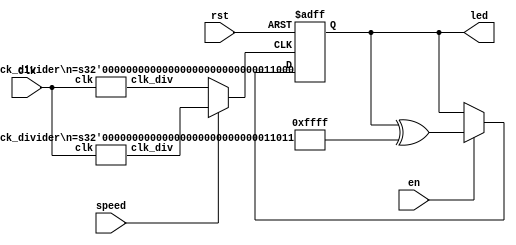
module lab3_1(
    input clk,
    input rst,
    input en,
    input speed,
    output reg [15:0] led);
    wire clk1, clk0, clk_now;
    reg [15:0] next_led;
    // clk1, clk0
    clock_divider #(.n(27)) speed1(.clk(clk), .clk_div(clk1));
    clock_divider #(.n(24)) speed0(.clk(clk), .clk_div(clk0));
    // clk_now
    assign clk_now = speed?clk1:clk0;
    // led
    always @(posedge clk_now, posedge rst) begin
        if(rst == 1'b1) led <= {16{1'b1}};
        else led <= next_led;
    end
    // next_led
    always @* begin
        next_led = led;
        if(en == 1'b1) next_led = led^{16{1'b1}};
    end
endmodule

module clock_divider #(parameter n=25)(
    input clk,
    output wire clk_div);
    reg [n-1:0] cnt = 0, next_cnt;
    // cnt
    always @(posedge clk) begin
        cnt <= next_cnt;
    end
    // next_cnt
    always @* begin
        next_cnt = cnt+1'b1;
    end
    // clk_div
    assign clk_div = cnt[n-1];
endmodule